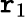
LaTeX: \mathtt{r}_{1}